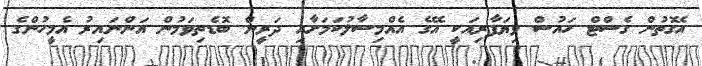
އެގޮތުން ގެސްޓް ހައުސް ވިޔަފާރިއަކީ އޭގެ އެއްމިސާލުކަމަށާއި ދަރީން ބޮޑެތިވަމުން އަންނައިރު އެމީހުންގެ